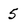
Character: 5